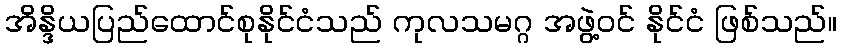
အိန္ဒိယပြည်ထောင်စုနိုင်ငံသည် ကုလသမဂ္ဂ အဖွဲ့ဝင် နိုင်ငံ ဖြစ်သည်။